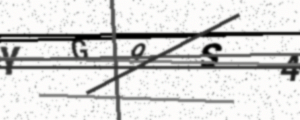
Text: YG9S4